Civil Veterinary Department. Central Provinces & Berar 1932-41 - 1932-1941
Year: 1932
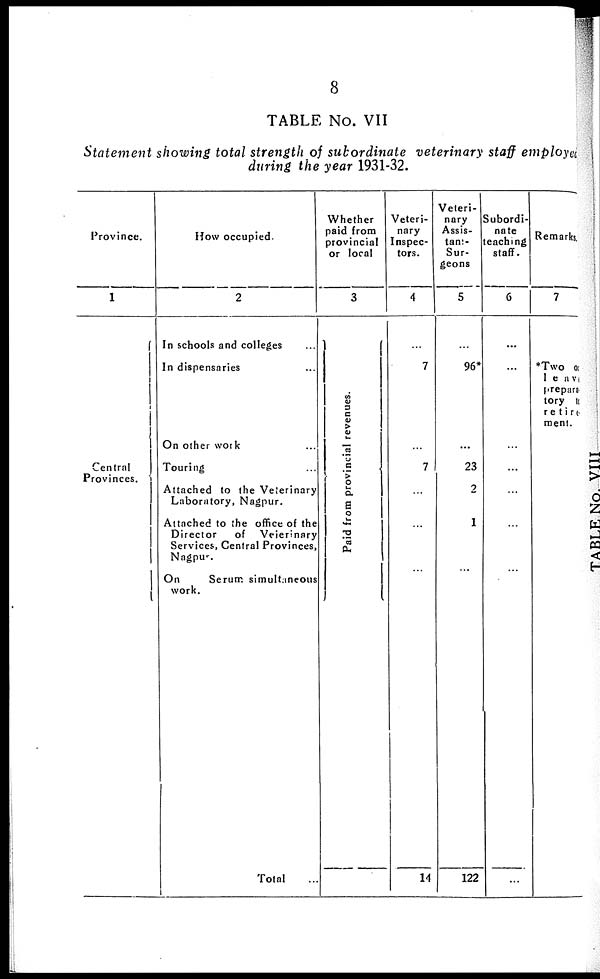
8
TABLE No. VII
Statement showing total strength of subordinate veterinary staff employed
during the year 1931-32.
Province.
1
Central
Provinces.
How occupied.
2
In schools and colleges ...
In dispensaries ...
On other work ...
Touring ...
Attached to the Veterinary
Laboratory, Nagpur.
Attached to the office of the
Director
of
Veterinary
Services, Central Provinces,
Nagpur.
On
Serum simultaneous
work.
Total ...
Whether
paid from
provincial
or local
3
Paid from provincial revenues.
Veteri-
nary
Inspec-
tors.
4
...
7
...
7
...
...
...
14
Veteri-
nary
Assis-
tant¬
Sur-
geons
5
...
96*
...
23
2
1
...
122
Subordi-
nate
teaching
staff.
6
...
...
...
...
...
...
...
...
Remarks.
7
*Two or
leave
prepara¬
tory to
retire
ment.
...